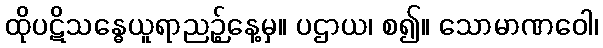
ထိုပဋိသန္ဓေယူရာညဉ့်နေ့မှ။ ပဌာယ၊ စ၍။ သောမာဏဝေါ၊